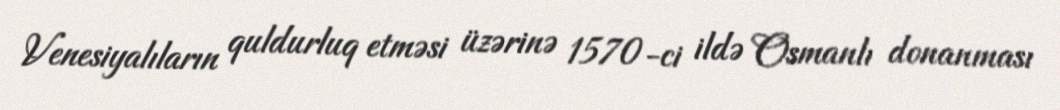
Venesiyalıların quldurluq etməsi üzərinə 1570-ci ildə Osmanlı donanması